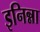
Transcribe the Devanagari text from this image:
इनिन्ना